65_HS1-834228961_62-HQ-83894_Section_4
Agency: FBI
Page 53
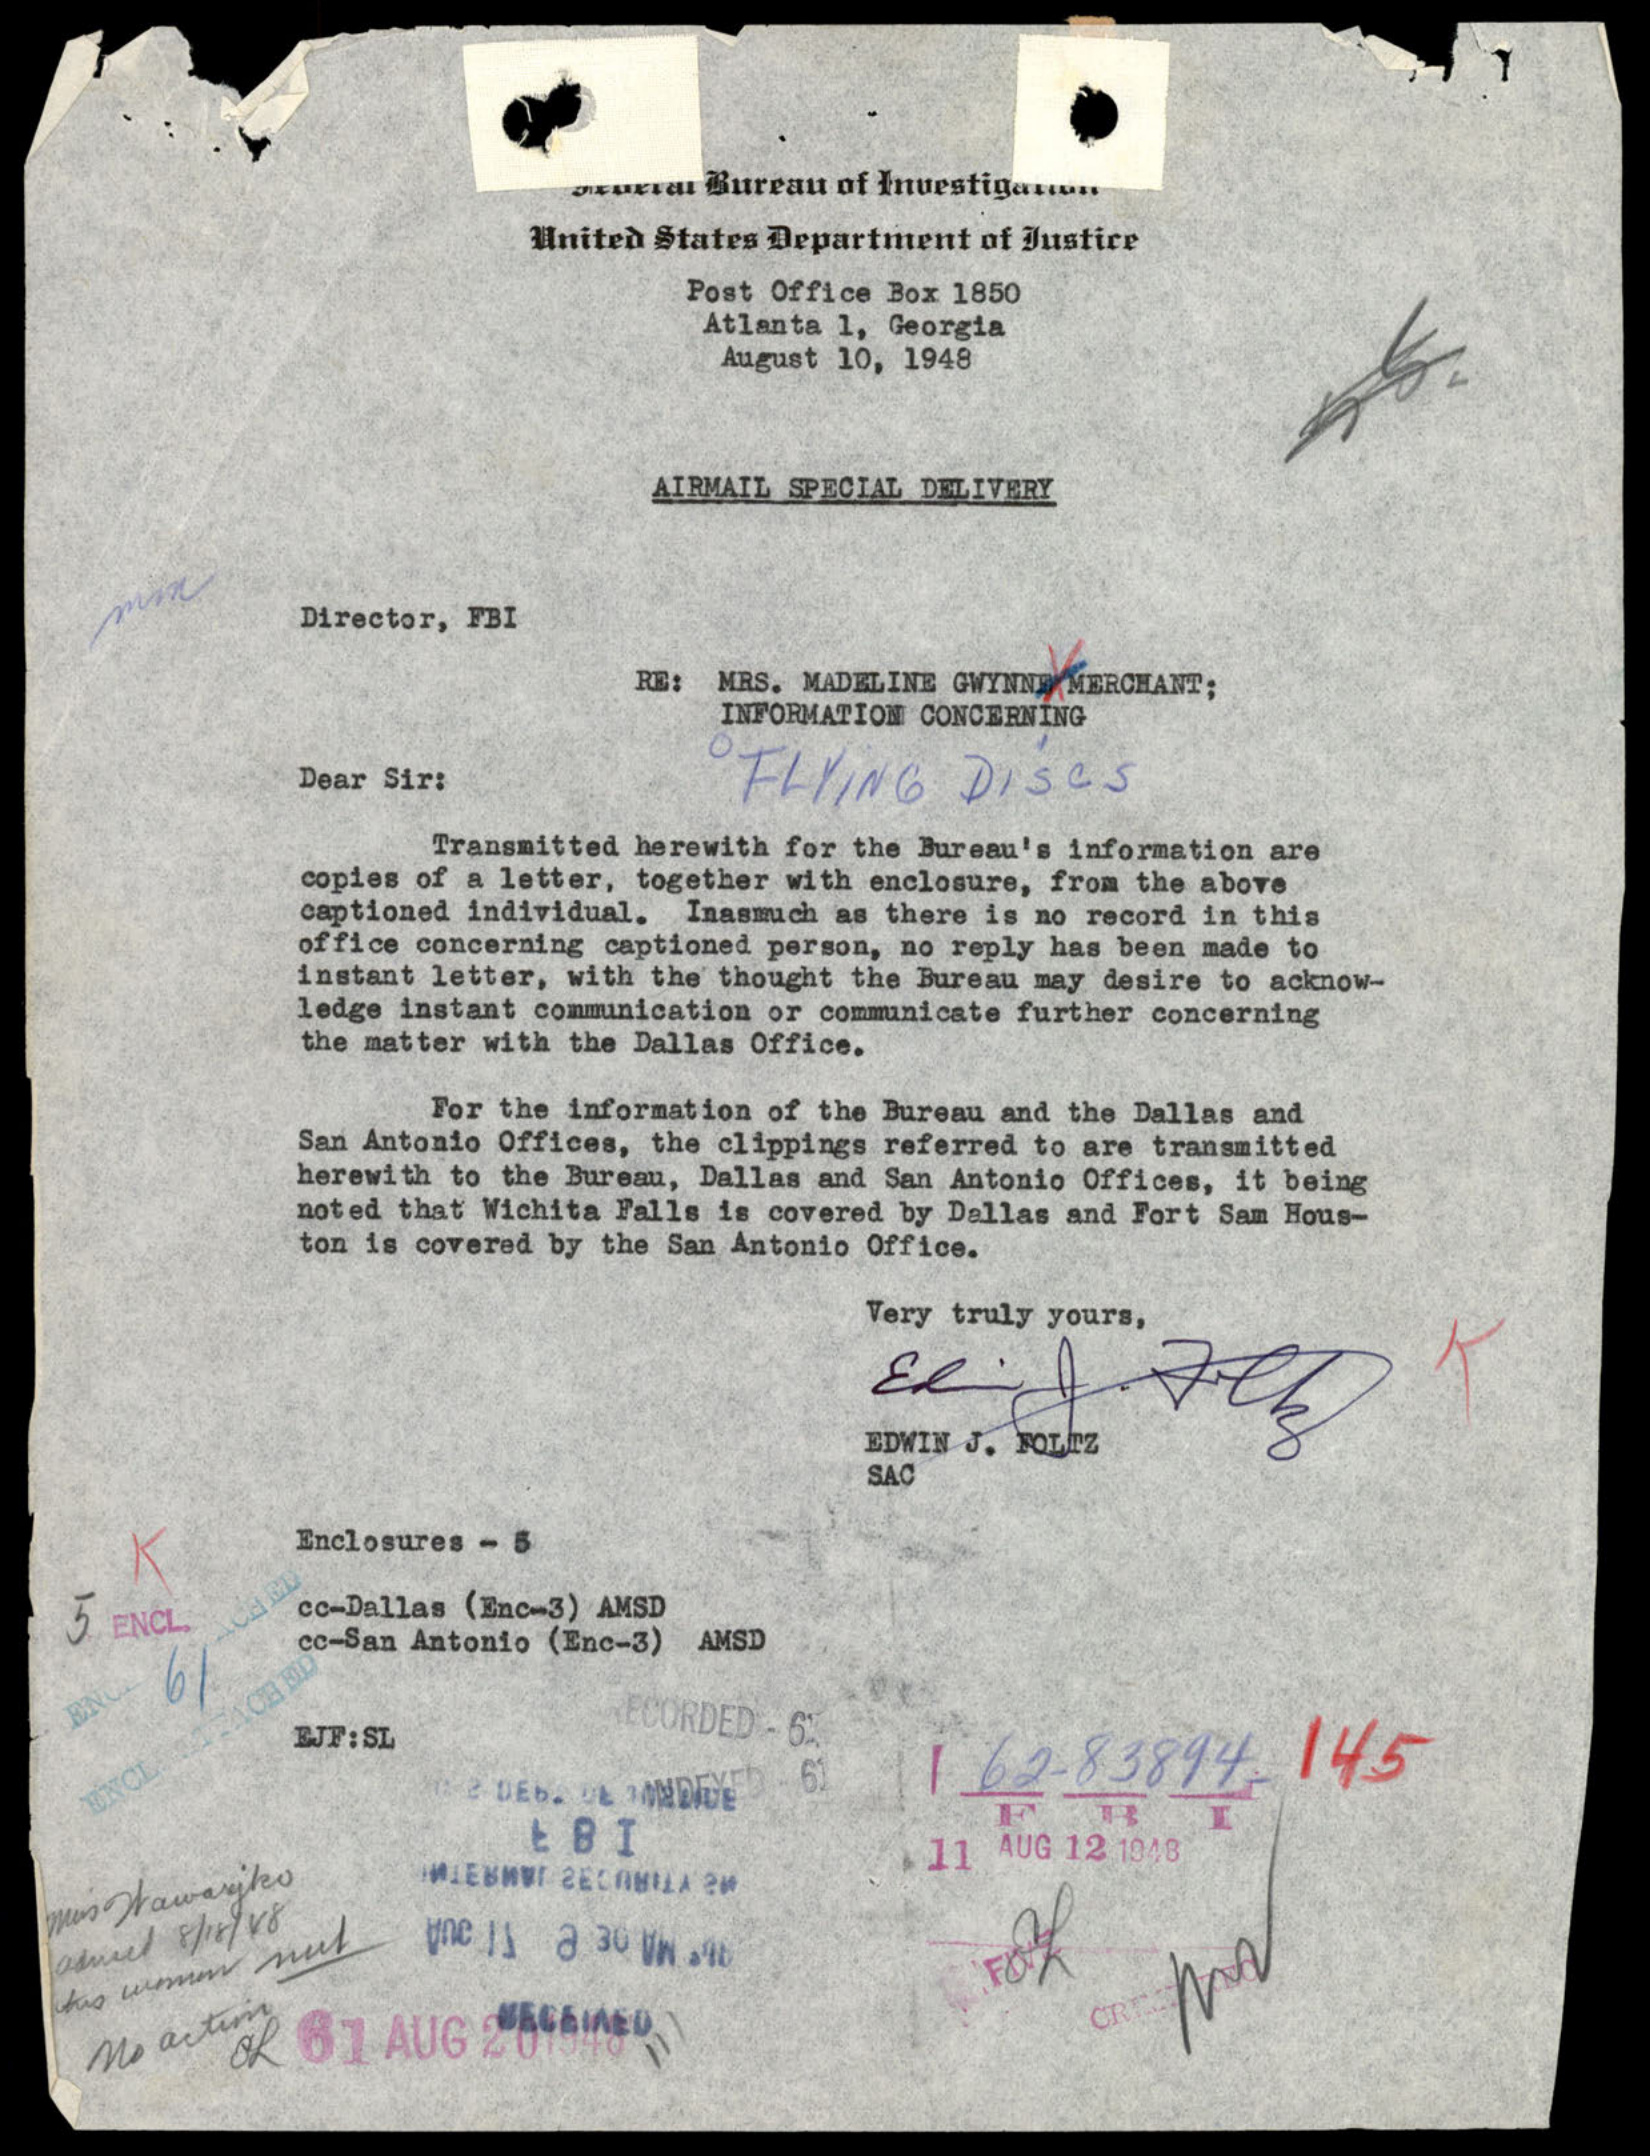